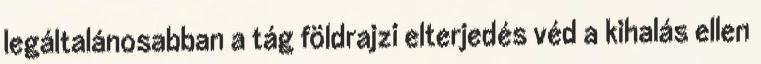
legáltalánosabban a tág földrajzi elterjedés véd a kihalás ellen